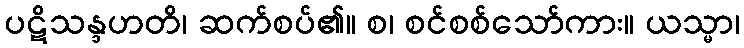
ပဋိသန္ဒဟတိ၊ ဆက်စပ်၏။ စ၊ စင်စစ်သော်ကား။ ယသ္မာ၊